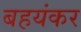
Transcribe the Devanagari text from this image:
बहयंकर